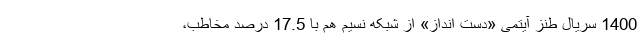
1400 سریال طنز آیتمی «دست انداز» از شبکه نسیم هم با 17.5 درصد مخاطب،